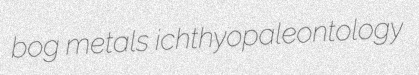
bog metals ichthyopaleontology